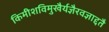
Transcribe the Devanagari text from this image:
किमीशविमुखैर्यज्ञैरवज्ञाद्दतै